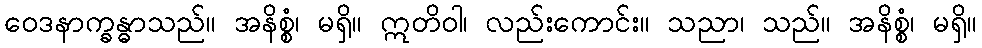
ဝေဒနာက္ခန္ဓာသည်။ အနိစ္စံ၊ မရှိ။ ဣတိဝါ၊ လည်းကောင်း။ သညာ၊ သည်။ အနိစ္စံ၊ မရှိ။